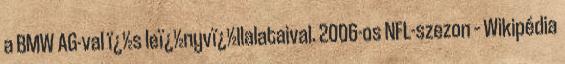
a BMW AG-val ï¿½s leï¿½nyvï¿½llalataival. 2006-os NFL-szezon – Wikipédia